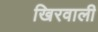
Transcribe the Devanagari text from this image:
खिरवाली